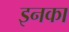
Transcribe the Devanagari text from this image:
इनका